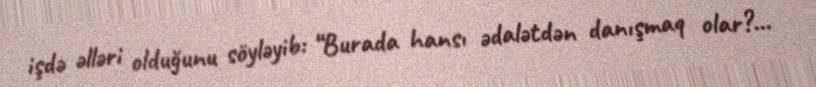
işdə əlləri olduğunu söyləyib: “Burada hansı ədalətdən danışmaq olar?...